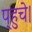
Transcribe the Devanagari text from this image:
प्‌हुचे।